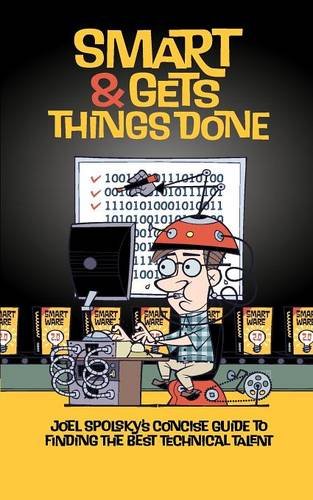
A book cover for Smart and Gets Things Done: Joel Spolsky's Concise Guide to Finding the Best Technical Talent; Joel Spolsky; Business & Money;